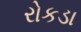
રોકડા